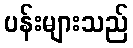
ပန်းများသည်